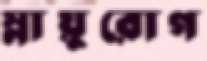
স্নায়ুরোগ